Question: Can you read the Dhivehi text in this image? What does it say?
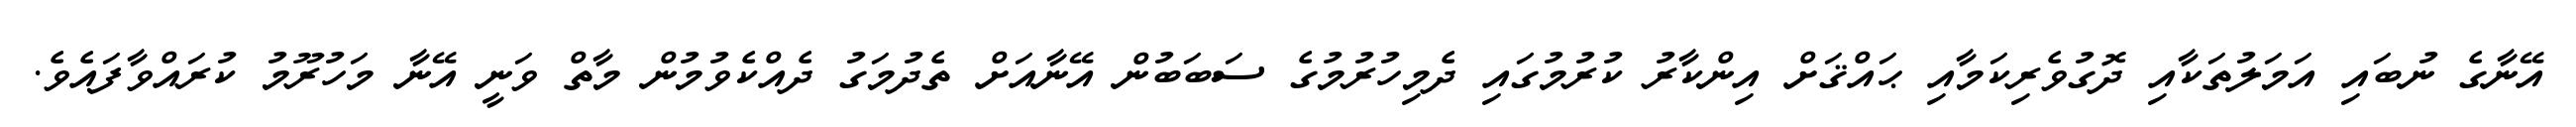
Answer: އޭނާގެ ނުބައި އަމަލުތަކާއި ދޮގުވެރިކަމާއި ޙައްޤަށް އިންކާރު ކުރުމުގައި ދެމިހުރުމުގެ ސަބަބުން އޭނާއަށް ތެދުމަގު ދެއްކެވުމުން މާތް ވަނީ އޭނާ މަހުރޫމު ކުރައްވާފައެވެ.